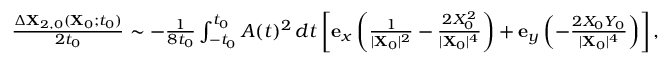
\begin{array} { r } { \frac { \Delta \mathbf { X } _ { 2 , 0 } ( \mathbf { X } _ { 0 } ; t _ { 0 } ) } { 2 t _ { 0 } } \sim - \frac { 1 } { 8 t _ { 0 } } \int _ { - t _ { 0 } } ^ { t _ { 0 } } A ( t ) ^ { 2 } \, d t \left[ \mathbf { e } _ { x } \left( \frac { 1 } { \vert \mathbf { X } _ { 0 } \vert ^ { 2 } } - \frac { 2 X _ { 0 } ^ { 2 } } { \vert \mathbf { X } _ { 0 } \vert ^ { 4 } } \right) + \mathbf { e } _ { y } \left( - \frac { 2 X _ { 0 } Y _ { 0 } } { \vert \mathbf { X } _ { 0 } \vert ^ { 4 } } \right) \right] , } \end{array}